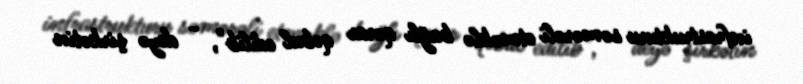
infrastrukturu səmərəli etməklə bağlı qərar qəbul edilib", - deyə şirkətin